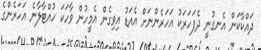
ދައްކާކަން އެނގުނީ ދެފަހަރަކު އަހަރެންނަށް އެއަޑު އިވިގެން އެމީހުން ވާހަކަ ހުއްޓާލާނެ އަހަރެންގެ